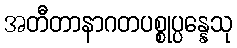
အတီတာနာဂတပစ္စုပ္ပန္နေသု